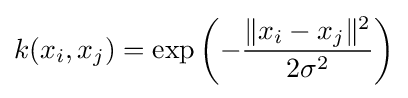
k(x_{i},x_{j})=\exp \left(-{\frac {\|x_{i}-x_{j}\|^{2}}{2\sigma ^{2}}}\right)